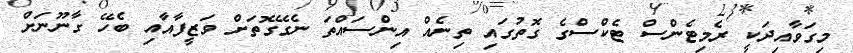
މިގަވާއިދަކީ ރެމިޓެންސް ޓެކްސްގެ ގޮތުގައި ތިނެއް އިންސައްތަ ނެގޭގޮތަށް ވަޒީފާއާއި ބެހޭ ގާނޫނަށް